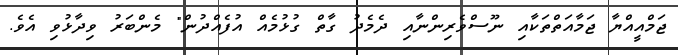
ޖަމްއީއްޔާ ޖަމާއަތްތަކާއި ނޫސްވެރިންނާއި ދެމެދު ގާތް ގުޅުމެއް އުފެއްދުން" މެންބަރު ވިދާޅުވި އެވެ.